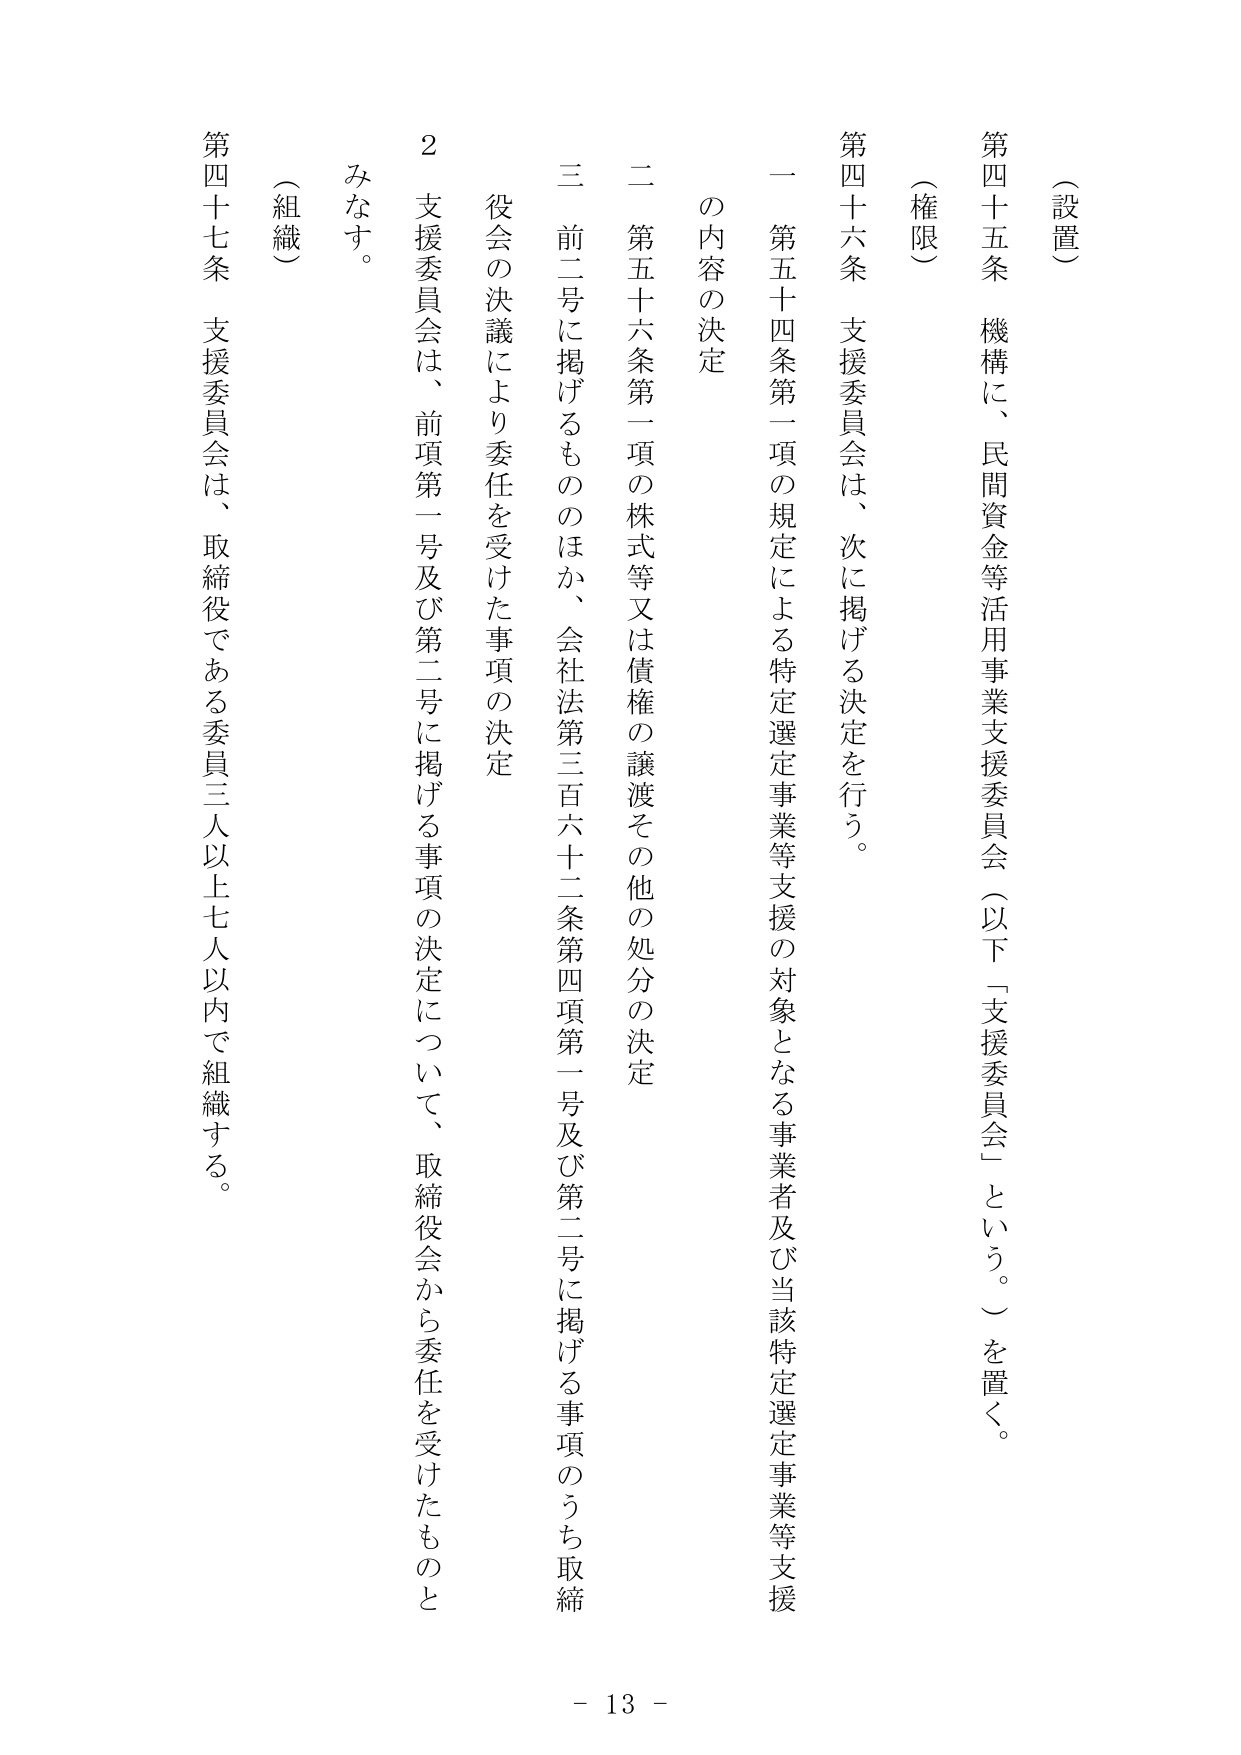
（設置）
第四十五条 機構に、民間資金等活用事業支援委員会（以下「支援委員会」という。）を置く。

（権限）
第四十六条 支援委員会は、次に掲げる決定を行う。
一 第五十四条第一項の規定による特定選定事業等支援の対象となる事業者及び当該特定選定事業等支援の内容の決定
二 第五十六条第一項の株式等又は債権の譲渡その他の処分の決定
三 前二号に掲げるもののほか、会社法第三百六十二条第四項第一号及び第二号に掲げる事項のうち取締役会の決議により委任を受けた事項の決定
２ 支援委員会は、前項第一号及び第二号に掲げる事項の決定について、取締役会から委任を受けたものとみなす。

（組織）
第四十七条 支援委員会は、取締役である委員三人以上七人以内で組織する。

- 13 -